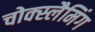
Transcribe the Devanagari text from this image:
चोक्स्लैमिंग